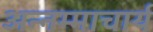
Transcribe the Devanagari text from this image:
अन्नम्माचार्य